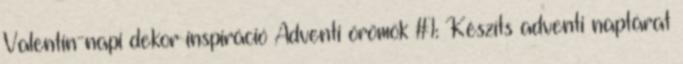
Valentin-napi dekor inspiráció Adventi örömök #1: Készíts adventi naptárat